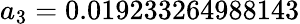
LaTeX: a_{3}=0.019233264988143